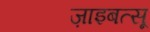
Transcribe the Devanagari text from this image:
ज़ाइबत्सू